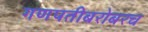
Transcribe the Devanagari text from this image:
गणपतीबरोबरच